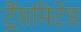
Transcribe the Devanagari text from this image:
ट्रैंसमिटेड